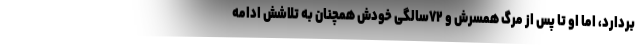
بردارد، اما او تا پس از مرگ همسرش و ۷۲سالگی خودش همچنان به تلاشش ادامه